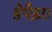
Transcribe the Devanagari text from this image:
डेपैझा